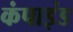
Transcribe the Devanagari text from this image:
कंपाइंड